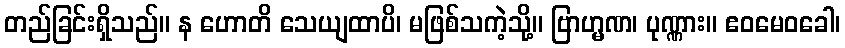
တည်ခြင်းရှိသည်။ န ဟောတိ သေယျထာပိ၊ မဖြစ်သကဲ့သို့။ ဗြာဟ္မဏ၊ ပုဏ္ဏား။ ဧဝမေဝခေါ၊